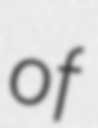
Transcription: of